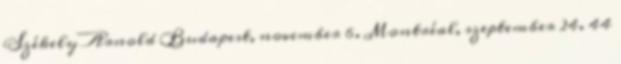
Székely Arnold Budapest, november 6. Montréal, szeptember 24. 44